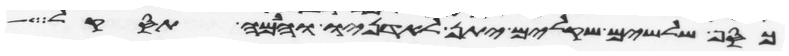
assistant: כסף שלשים שקלים יתן לאדניו והבהמה תסקל